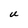
Character: u